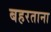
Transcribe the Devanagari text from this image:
बहरताना